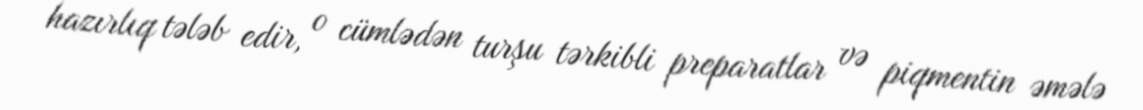
hazırlıq tələb edir, o cümlədən turşu tərkibli preparatlar və piqmentin əmələ